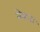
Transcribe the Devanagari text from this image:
नेकता